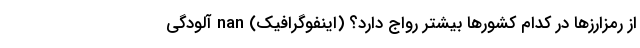
از رمزارزها در کدام کشورها بیشتر رواج دارد؟ (اینفوگرافیک) nan آلودگی